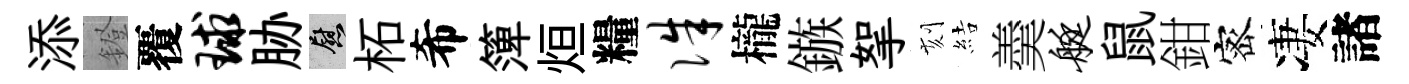
添鐙覆球胁慰柘希𥱼烜糧侏櫳鏃挐刻結羮艇鼠鉗宻凄諸